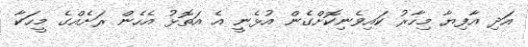
އަދި އާފިޔާ މިހާރު ކައިވެނިކޮށްގެން އުޅެނީ އެ އަތޮޅު އެހެން ރަށެއްގެ މީހަކާ